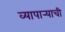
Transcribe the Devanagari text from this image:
व्यापार्‍याची